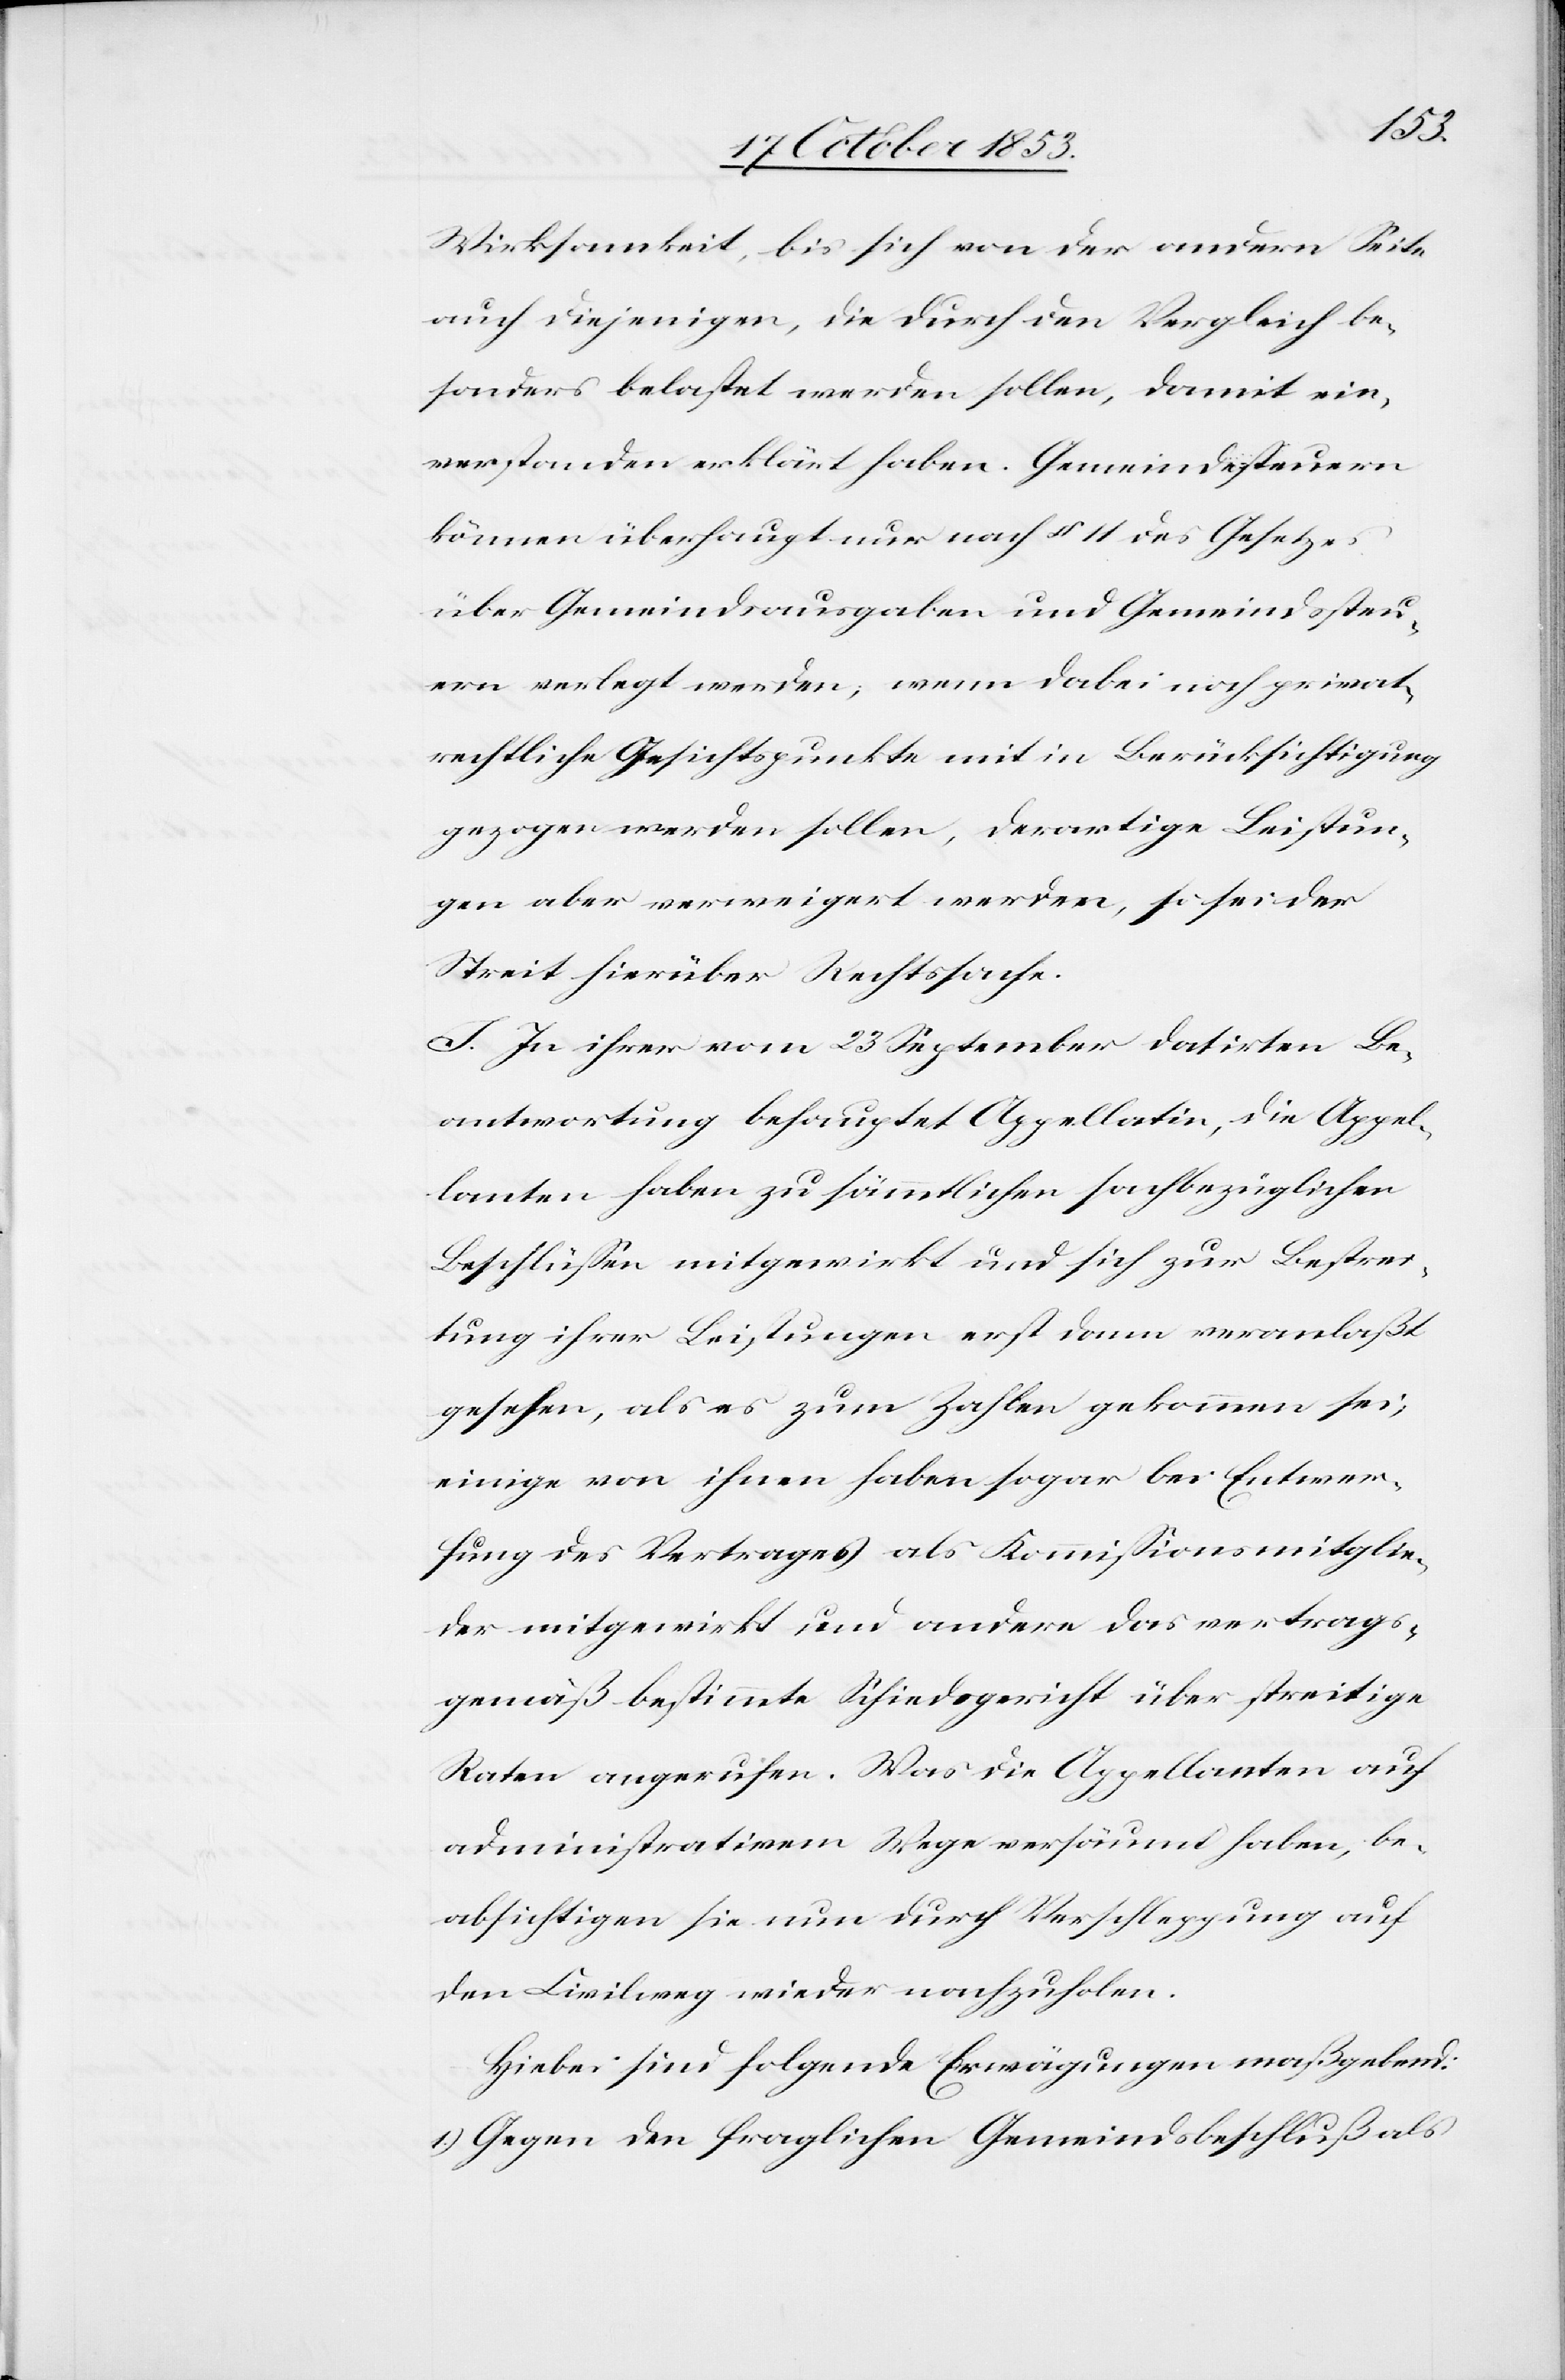
Wirksamkeit, bis sich von der andern Seite
auch diejenigen, die durch den Vergleich be¬
sonders belastet werden sollen, damit ein¬
verstanden erklärt haben. Gemeindssteuern
können überhaupt nur nach § 11 des Gesetzes
über Gemeindsausgaben und Gemeindssteu¬
ern verlegt werden; wenn dabei noch privat¬
rechtliche Gesichtspunkte mit in Berücksichtigung
gezogen werden sollen, derartige Leistun¬
gen aber verweigert werden, so sei der
Streit hierüber Rechtssache.
J. In ihrer vom 23 September datirten Be¬
antwortung behauptet Appellatin, die Appel¬
lanten haben zu sämmtlichen sachbezüglichen
Beschlüßen mitgewirkt und sich zur Bestrei¬
tung ihrer Leistungen erst dann veranlaßt
gesehen, als es zum Zahlen gekommen sei,
einige von ihnen haben sogar bei Entwer¬
fung des Vertrages als Kommissionsmitglie¬
der mitgewirkt und andere das vertrags¬
gemäß bestimmet Schiedsgericht über streitige
Raten angerufen. Was die Appellanten auf
administrativem Wege versäumt haben, be¬
absichtigen sie nun durch Verschleppung auf
den Civilweg wieder nachzuholen.
Hiebei sind folgende Erwägungen maßgebend:
1.) Gegen den fraglichen Gemeindsbeschluß als